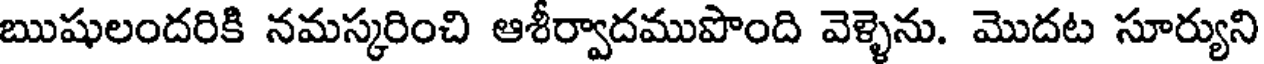
ఋషులందరికి నమస్కరించి ఆశీర్వాదముపొంది వెళ్ళెను. మొదట సూర్యుని